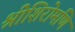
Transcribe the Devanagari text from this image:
श्रीशिरोमणि